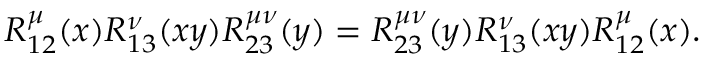
R _ { 1 2 } ^ { \l \mu } ( x ) R _ { 1 3 } ^ { \l \nu } ( x y ) R _ { 2 3 } ^ { \mu \nu } ( y ) = R _ { 2 3 } ^ { \mu \nu } ( y ) R _ { 1 3 } ^ { \l \nu } ( x y ) R _ { 1 2 } ^ { \l \mu } ( x ) .